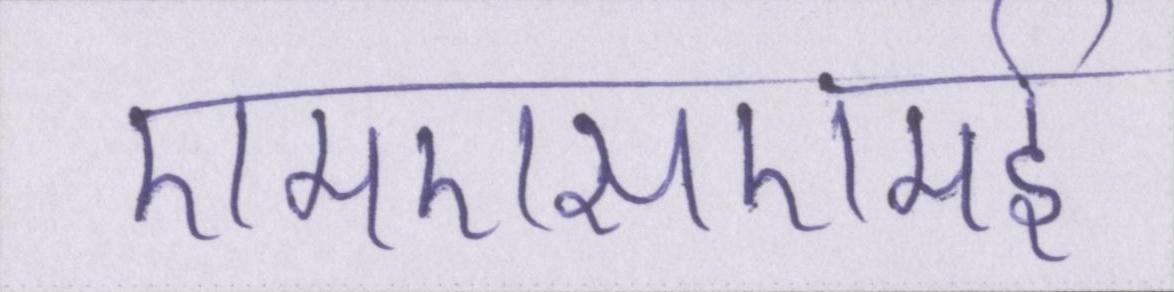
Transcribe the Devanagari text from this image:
एमएसएमई